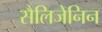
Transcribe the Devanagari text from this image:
सैलिजेनिन